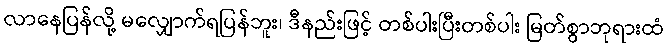
လာနေပြန်လို့ မလျှောက်ရပြန်ဘူး၊ ဒီနည်းဖြင့် တစ်ပါးပြီးတစ်ပါး မြတ်စွာဘုရားထံ